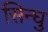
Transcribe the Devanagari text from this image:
सिन्घु